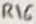
Text: R16